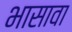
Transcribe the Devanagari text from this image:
भासावा